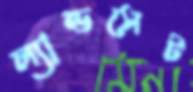
ল্যান্ডসেট